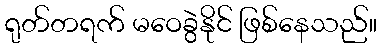
ရုတ်တရက် မဝေခွဲနိုင် ဖြစ်နေသည်။